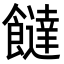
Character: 𩟐